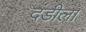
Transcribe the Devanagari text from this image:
दंडीला